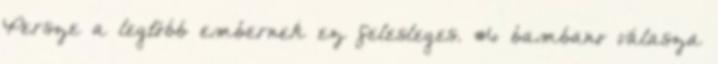
Persze a legtöbb embernek ez felesleges. #6 bambano válasza